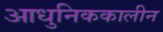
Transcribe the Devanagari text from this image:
आधुनिककालीन